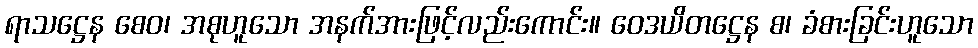
ရာသဋ္ဌေန စေဝ၊ အစုဟူသော အနက်အားဖြင့်လည်းကောင်း။ ဝေဒယိတဋ္ဌေန စ၊ ခံစားခြင်းဟူသော